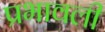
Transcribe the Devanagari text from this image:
प्रभावली